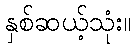
နှစ်ဆယ့်သုံး။